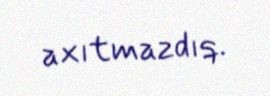
axıtmazdıq.